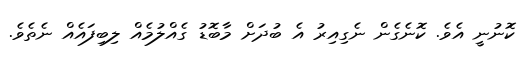
ކޮނުނީ އެވެ. ކޮނެގެން ނެގިއިރު އެ ބުދަށް މާބޮޑު ގެއްލުމެއް ލިބިފައެއް ނެތެވެ.